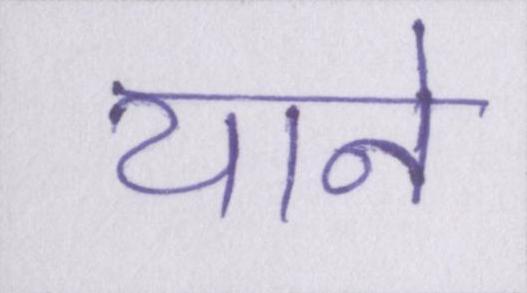
याने